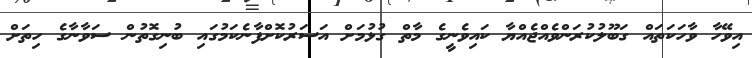
އިވޭހާ ވާހަކަތައް ގަބޫލުކުރަންވެއްޖެއްޔާ ކައިވެނީގެ މާތް ގުޅުމަށް އަސަރުކޮށްފާނެކަމުގައި ބުނިގޮތުން ސަވާނާގެ ހިތަށް